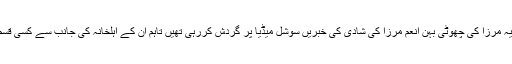
اظہرالدین کے بیٹے اسد اور ثانیہ مرزا کی چھوٹی بہن انعم مرزا کی شادی کی خبریں سوشل میڈیا پر گردش کررہی تھیں تاہم ان کے اہلخانہ کی جانب سے کسی قسم کی تصدیق نہیں کی گئی تھی۔